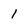
Character: 1